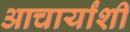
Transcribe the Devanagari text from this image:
आचार्यांशी